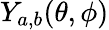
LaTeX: Y_{a,b}(\theta,\phi)